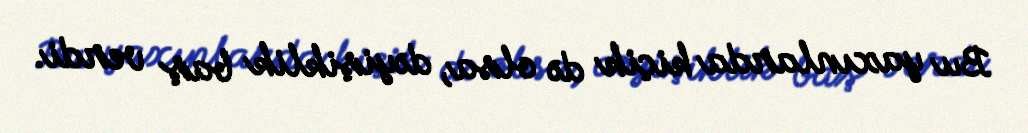
Bu yaxınlarda kiçik də olsa, dəyişiklik baş verdi.